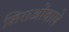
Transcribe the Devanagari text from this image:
शिराओंवाले